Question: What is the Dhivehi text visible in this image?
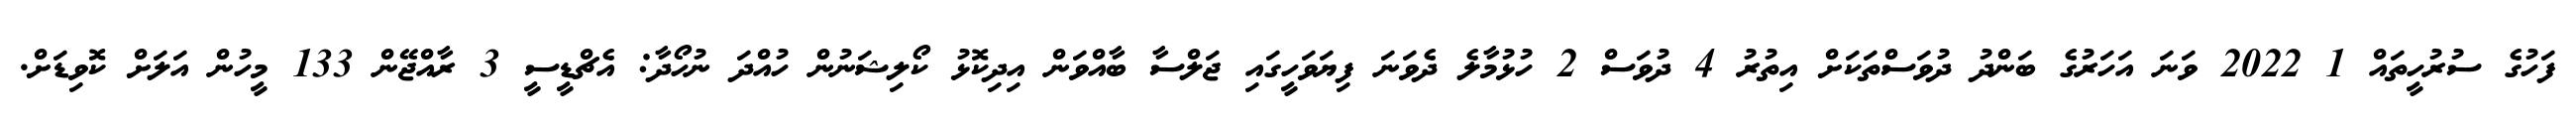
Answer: ފަހުގެ ސުރުހީތައް 1 2022 ވަނަ އަހަރުގެ ބަންދު ދުވަސްތަކަށް އިތުރު 4 ދުވަސް 2 ހުޅުމާލެ ދެވަނަ ފިޔަވަހީގައި ޖަލްސާ ބާއްވަން އިދިކޮޅު ކޯލިޝަނުން ހުއްދަ ނުހޯދާ: އެޗްޑީސީ 3 ރާއްޖޭން 133 މީހުން އަލަށް ކޮވިޑަށް.